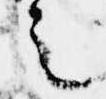
之